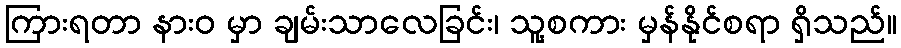
ကြားရတာ နားဝ မှာ ချမ်းသာလေခြင်း၊ သူ့စကား မှန်နိုင်စရာ ရှိသည်။